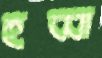
হুব্বা